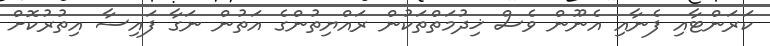
ކަރަންޓާއި ފެނާއި އެނޫން ވެސް ޚިދުމަތްތަކުން ރައްޔިތުންގެ އަތުން ނަގާ ފައިސާ އިތުރުކޮށް